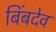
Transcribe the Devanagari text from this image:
बिंबदेव